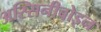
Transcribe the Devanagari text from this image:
अस्सिनीबोइन